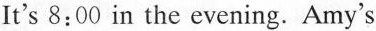
It's 8:00 in the evening. Amy's